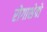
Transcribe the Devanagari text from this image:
रोगाशेवो